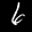
Label: 6